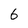
Character: 6